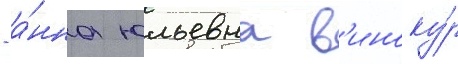
- а́нна юльевна в'иноку́р